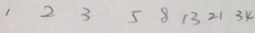
1 2 3 5 8 1 3 2 1 3 4